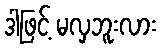
ဒါဖြင့် မလှဘူးလား